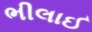
ભીલાઈ